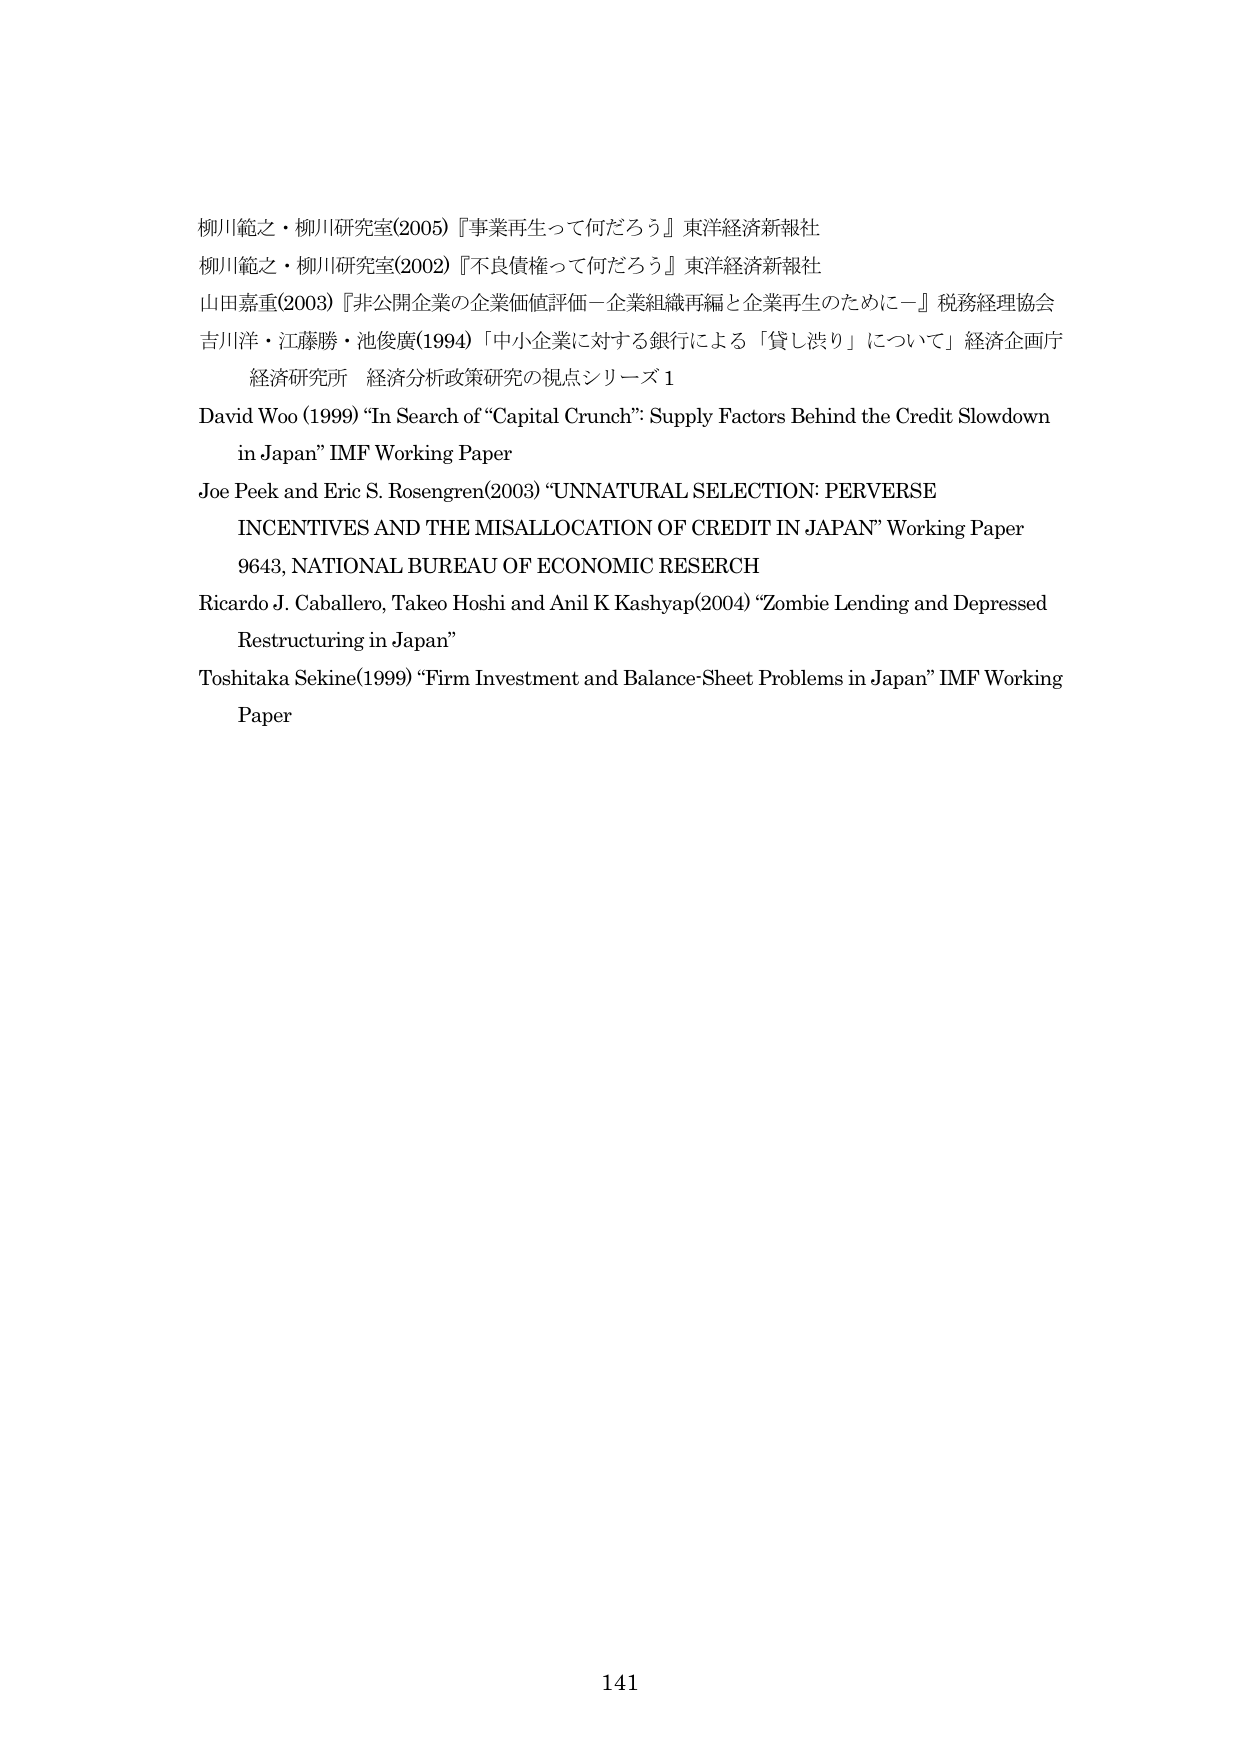
柳川範之・柳川研究室(2005)『事業再生って何だろう』東洋経済新報社
柳川範之・柳川研究室(2002)『不良債権って何だろう』東洋経済新報社
山田嘉重(2003)『非公開企業の企業価値評価－企業組織再編と企業再生のために－』税務経理協会
吉川洋・江藤勝・池俊廣(1994)「中小企業に対する銀行による「貸し渋り」について」経済企画庁
経済研究所 経済分析政策研究の視点シリーズ 1
David Woo (1999) “In Search of “Capital Crunch”: Supply Factors Behind the Credit Slowdown in Japan” IMF Working Paper
Joe Peek and Eric S. Rosengren(2003) “UNNATURAL SELECTION: PERVERSE INCENTIVES AND THE MISALLOCATION OF CREDIT IN JAPAN” Working Paper 9643, NATIONAL BUREAU OF ECONOMIC RESERCH
Ricardo J. Caballero, Takeo Hoshi and Anil K Kashyap(2004) “Zombie Lending and Depressed Restructuring in Japan”
Toshitaka Sekine(1999) “Firm Investment and Balance-Sheet Problems in Japan” IMF Working Paper
141